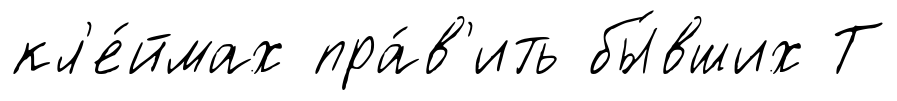
кл'е́ймах пра́в'ить бы́вших Т